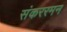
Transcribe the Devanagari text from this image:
संकररमन